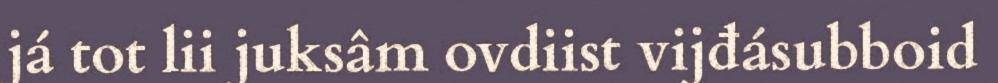
já tot lii juksâm ovdiist vijđásubboid